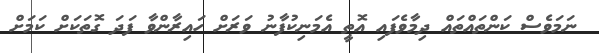
ނަމަވެސް ކަންތައްތައް ދިމާވެފައި އޮތީ އެމަނިކުފާނު ވަރަށް ހައިރާންވާ ފަދަ ގޮތަކަށް ކަމަށް